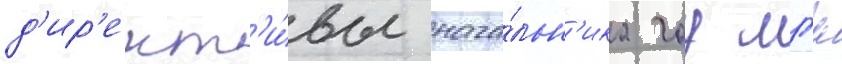
д'ир'ект'и́вы нача́льн'ика гоу мгш